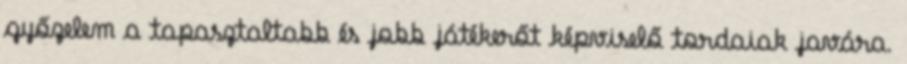
győzelem a tapasztaltabb és jobb játékerőt képviselő tordaiak javára.